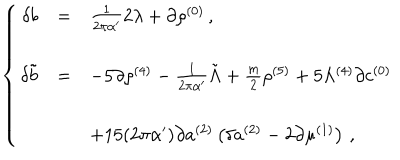
\left\{ \begin{array} { r c l } { { \delta b } } & { { = } } & { { \frac { 1 } { 2 \pi \alpha ^ { \prime } } 2 \lambda + \partial \rho ^ { ( 0 ) } \, , } } \\ { { } } & { { } } & { { } } \\ { { \delta \tilde { b } } } & { { = } } & { { - 5 \partial \rho ^ { ( 4 ) } - \frac { 1 } { 2 \pi \alpha ^ { \prime } } \tilde { \Lambda } + \frac { m } { 2 } \rho ^ { ( 5 ) } + 5 \Lambda ^ { ( 4 ) } \partial c ^ { ( 0 ) } } } \\ { { } } & { { } } & { { } } \\ { { } } & { { } } & { { + 1 5 ( 2 \pi \alpha ^ { \prime } ) \partial a ^ { ( 2 ) } \left( \delta a ^ { ( 2 ) } - 2 \partial \mu ^ { ( 1 ) } \right) \, , } } \\ \end{array} \right.